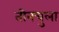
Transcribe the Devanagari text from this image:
तीनचुला